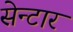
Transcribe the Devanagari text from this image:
सेन्टार